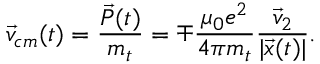
\vec { v } _ { c m } ( t ) = \frac { \vec { P } ( t ) } { m _ { t } } = \mp \frac { \mu _ { 0 } e ^ { 2 } } { 4 \pi m _ { t } } \frac { \vec { v } _ { 2 } } { | \vec { x } ( t ) | } .